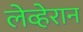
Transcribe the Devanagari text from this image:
लेव्हेरान